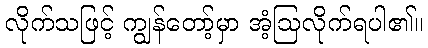
လိုက်သဖြင့် ကျွန်တော့်မှာ အံ့ဩလိုက်ရပါ၏။